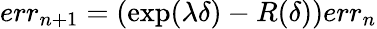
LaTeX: err_{n+1}=(\exp(\lambda\delta)-R(\delta))err_{n}